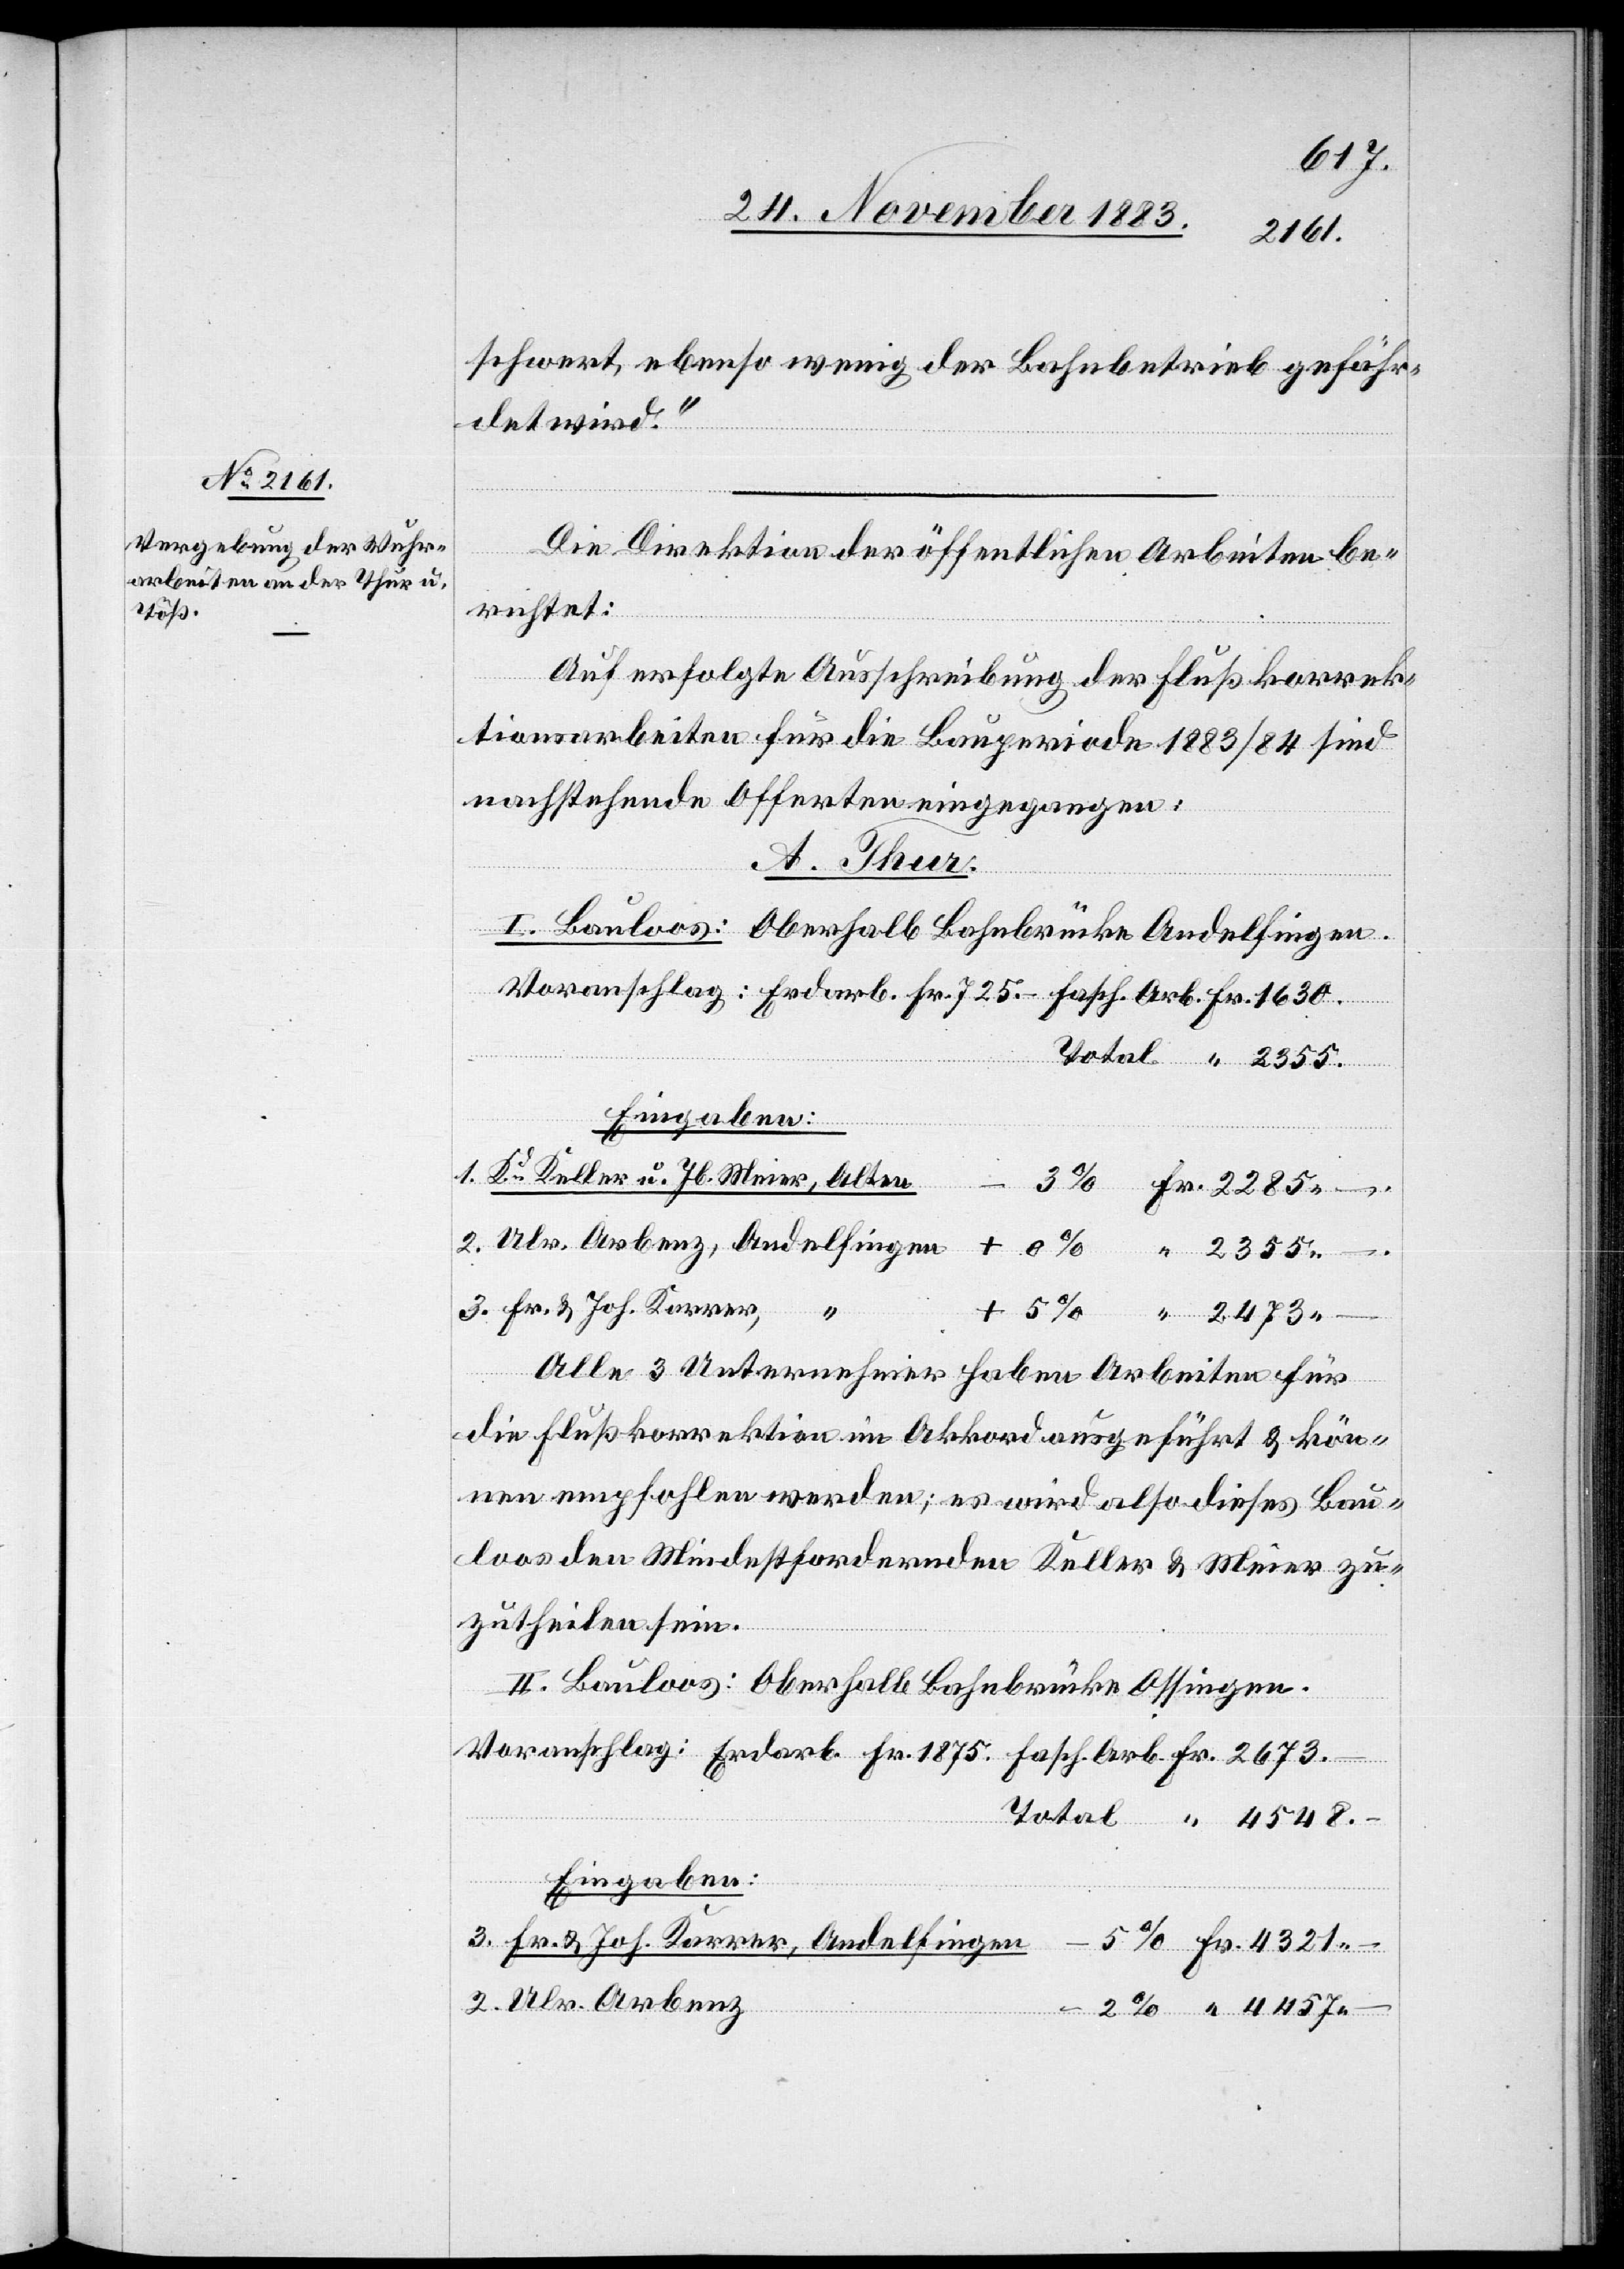
schwert, ebenso wenig der Bahnbetrieb gefähr¬
det wird.“
Die Direktion der öffentlichen Arbeiten be¬
richtet:
Auf erfolgte Ausschreibung der Flußkorrek¬
tionsarbeiten für die Bauperiode 1883/84 sind
nachstehende Offerten eingegangen:
u. Jb.
I. Bauloos: Oberhalb Bahnbrücke Andelfingen.
Voranschlag: Erdarb. Fr. 725. – Fasch. Arb. Fr. 1630.
Total “ 2355.
Eingaben:
Arbenz
Andelfingen
Hr. & Joh. Karrer,
Alle 3 Unternehmer haben Arbeiten für
die Flußkorrektion im Akkord ausgeführt & kön¬
nen empfohlen werden; es wird also dieses Bau¬
loos den Mindestfordernden Keller & Meier zu¬
zutheilen sein.
II. Bauloos: Oberhalb Bahnbrücke Ossingen.
–
Voranschlag: Erdarb. Fr. 1875. Fasch. Arb. Fr. 2673
Total “ 4548 –
Eingaben: